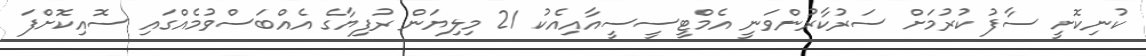
ކުނިކޮށީ ސާފު ކުރުމަށް ސަރުކާރުންވަނީ އެމްޓީސީސީއާއިއެކު 21 މިލިޔަން ރުފިޔާގެ އެއްބަސްވުމެއްގައި ސޮއިކޮށްފަ